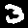
Label: 3